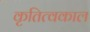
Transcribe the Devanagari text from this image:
कृतित्वकाल